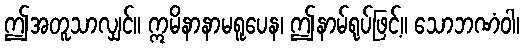
ဤအတူသာလျှင်။ ဣမိနာနာမရူပေန၊ ဤနာမ်ရုပ်ဖြင့်။ သောဘဏံဝါ၊